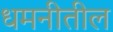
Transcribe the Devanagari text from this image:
धमनीतील